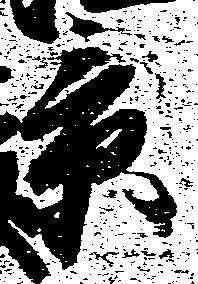
景